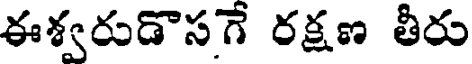
ఈశ్వరుడొసగే రక్షణ తీరు